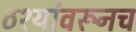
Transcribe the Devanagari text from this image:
ठश्यांवरूनच